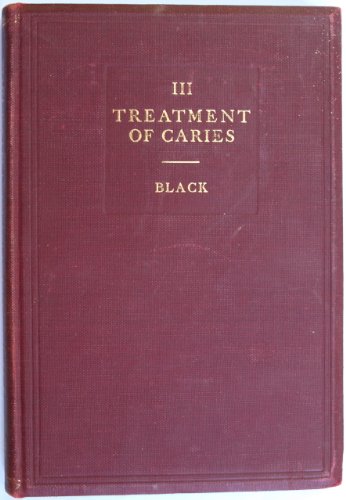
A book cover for Operative Dentistry, Treatment of Dental Caries. , Vol. 3 (of 4 volumes); Medical Books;